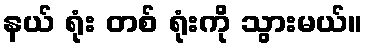
နယ် ရုံး တစ် ရုံးကို သွားမယ်။